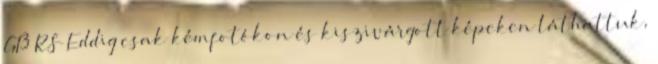
GT3 RS Eddig csak kémfotókon és kiszivárgott képeken láthattuk,